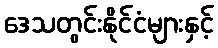
ဒေသတွင်းနိုင်ငံများနှင့်